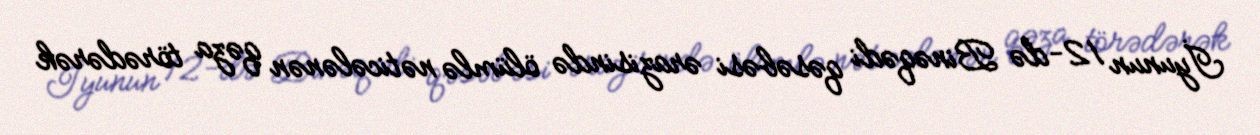
İyunun 12-də Binəqədi qəsəbəsi ərazisində ölümlə nəticələnən qəza törədərək